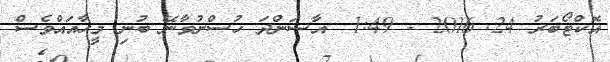
އޮކްޓޯބަރު 24